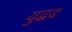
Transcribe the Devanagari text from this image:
युद्धद